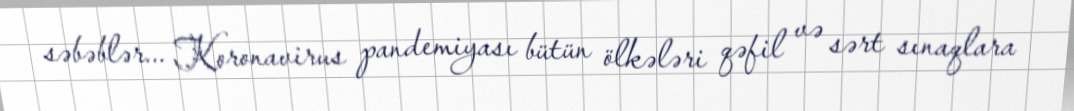
səbəblər... Koronavirus pandemiyası bütün ölkələri qəfil və sərt sınaqlara